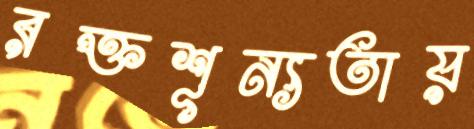
রক্তশূন্যতায়